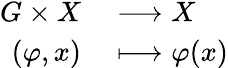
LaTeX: \begin{array}{rl}{G\times X}&{{}\longrightarrow X}\\ {(\varphi,x)}&{{}\longmapsto\varphi(x)}\end{array}